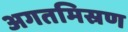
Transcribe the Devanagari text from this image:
अगतमिस्रण